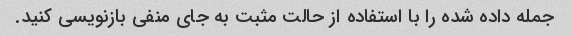
جمله داده شده را با استفاده از حالت مثبت به جای منفی بازنویسی کنید.